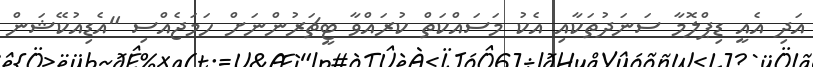
އަދި އެއީ ޑިޕްލޮމާ ސަނަދުތަކާއި އެކު މަސައްކަތް ކުރައްވާ ޓީޗަރުންނަށް ހަމަޖެއްސި "އެޑިއުކޭޝަން